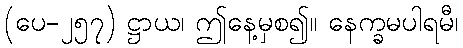
(ပေ-၂၅၇) ဋ္ဌာယ၊ ဤနေ့မှစ၍။ နေက္ခမပါရမီ၊